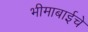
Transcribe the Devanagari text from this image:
भीमाबाईचे